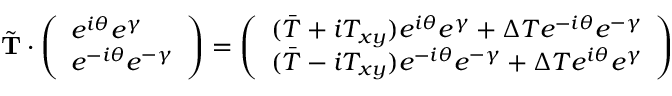
\tilde { \bf T } \cdot \left( \begin{array} { l } { e ^ { i \theta } e ^ { \gamma } } \\ { e ^ { - i \theta } e ^ { - \gamma } } \end{array} \right) = \left( \begin{array} { l } { ( \bar { T } + i T _ { x y } ) e ^ { i \theta } e ^ { \gamma } + \Delta T e ^ { - i \theta } e ^ { - \gamma } } \\ { ( \bar { T } - i T _ { x y } ) e ^ { - i \theta } e ^ { - \gamma } + \Delta T e ^ { i \theta } e ^ { \gamma } } \end{array} \right)